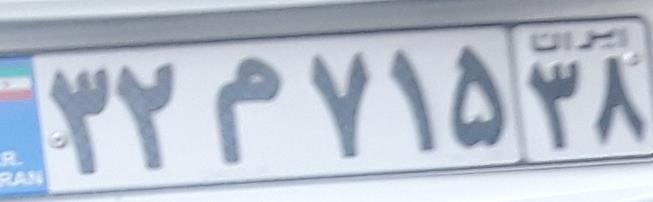
۳۲م۷۱۵۳۸